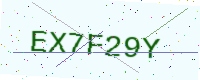
Text: EX7F29Y